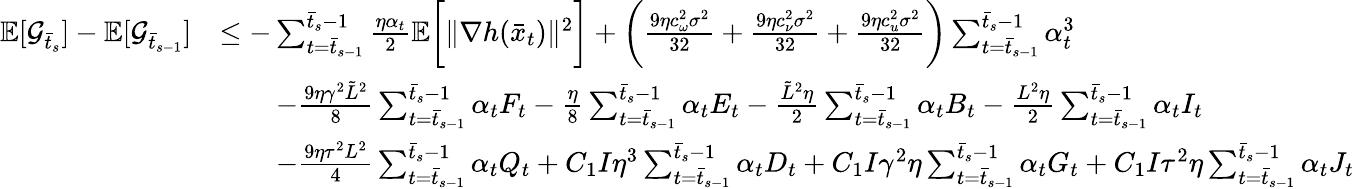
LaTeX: \begin{array}{rl}{\mathbb{E}[\mathcal{G}_{\bar{t}_{s}}]-\mathbb{E}[\mathcal{G}_{\bar{t}_{s-1}}]}&{\leq-\sum_{t=\bar{t}_{s-1}}^{\bar{t}_{s}-1}\frac{\eta\alpha_{t}}{2}\mathbb{E}\bigg[\| \nabla h(\bar{x}_{t})\| ^{2}\bigg]+\bigg(\frac{9\eta c_{\omega}^{2}\sigma^{2}}{32}+\frac{9\eta c_{\nu}^{2}\sigma^{2}}{32}+\frac{9\eta c_{u}^{2}\sigma^{2}}{32}\bigg)\sum_{t=\bar{t}_{s-1}}^{\bar{t}_{s}-1}\alpha_{t}^{3}}\\ &{\qquad-\frac{9\eta\gamma^{2}\tilde{L}^{2}}{8}\sum_{t=\bar{t}_{s-1}}^{\bar{t}_{s}-1}\alpha_{t}F_{t}-\frac{\eta}{8}\sum_{t=\bar{t}_{s-1}}^{\bar{t}_{s}-1}\alpha_{t}E_{t}-\frac{\tilde{L}^{2}\eta}{2}\sum_{t=\bar{t}_{s-1}}^{\bar{t}_{s}-1}\alpha_{t}B_{t}-\frac{L^{2}\eta}{2}\sum_{t=\bar{t}_{s-1}}^{\bar{t}_{s}-1}\alpha_{t}I_{t}}\\ &{\qquad-\frac{9\eta\tau^{2}L^{2}}{4}\sum_{t=\bar{t}_{s-1}}^{\bar{t}_{s}-1}\alpha_{t}Q_{t}+C_{1}I\eta^{3}\sum_{t=\bar{t}_{s-1}}^{\bar{t}_{s}-1}\alpha_{t}D_{t}+C_{1}I\gamma^{2}\eta\sum_{t=\bar{t}_{s-1}}^{\bar{t}_{s}-1}\alpha_{t}G_{t}+C_{1}I\tau^{2}\eta\sum_{t=\bar{t}_{s-1}}^{\bar{t}_{s}-1}\alpha_{t}J_{t}}\end{array}